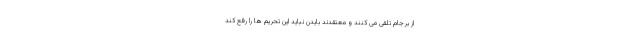
از برجام تلقی می کنند و معتقدند بایدن نباید این تحریم ها را رفع کند